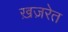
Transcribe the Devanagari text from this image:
ख़ज़रेत